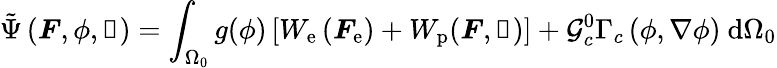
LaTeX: \tilde{\Psi}\left(\boldsymbol{F},\phi,\boldsymbol{\upalpha}\right)=\int_{\Omega_{0}}g(\phi)\left[W_{\mathrm{e}}\left(\boldsymbol{F}_{\mathrm{e}}\right)+W_{\mathrm{p}}(\boldsymbol{F},\boldsymbol{\upalpha})\right]+\mathcal{G}_{c}^{0}\Gamma_{c}\left(\phi,\nabla\phi\right)\ \mathrm{d}\Omega_{0}